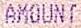
AMOUNT